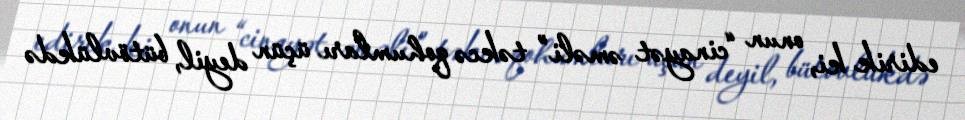
edirik ki, onun “cinayət əməli” təkcə qohumları üçün deyil, bütövlükdə